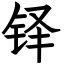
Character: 铎